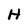
Character: H